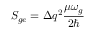
S _ { g e } = \Delta q ^ { 2 } \frac { \mu \omega _ { g } } { 2 \hbar }